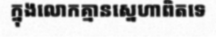
ក្នុងលោកគ្មានស្នេហាពិតទេ